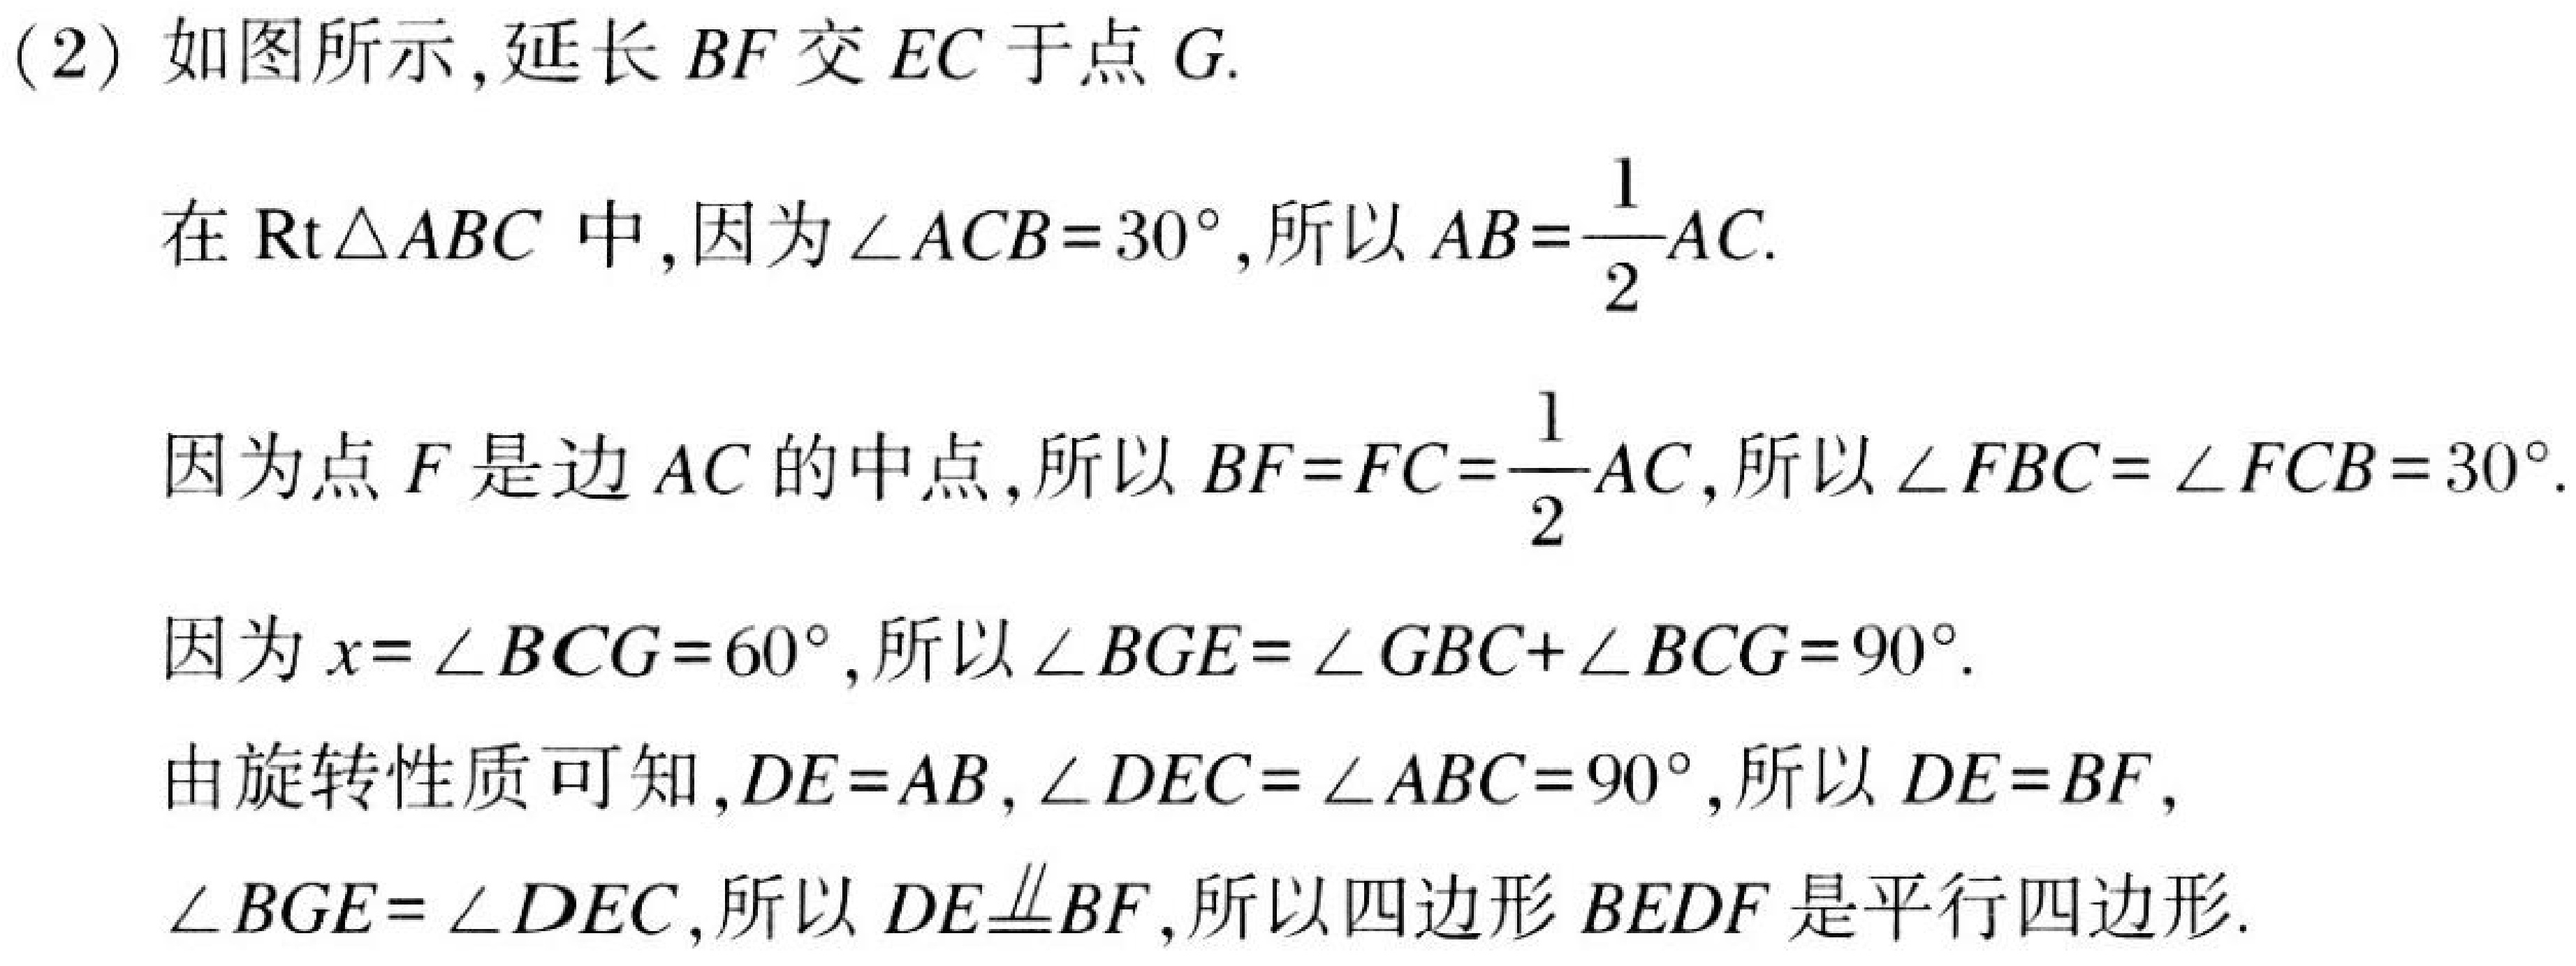
(2) 如图所示,延长 \(BF\) 交 \(EC\) 于点 \(G\).
在 \(\text{Rt}\triangle ABC\) 中,因为 \(\angle ACB = 30^{\circ}\),所以 \(AB=\frac{1}{2}AC\).
因为点 \(F\) 是边 \(AC\) 的中点,所以 \(BF = FC=\frac{1}{2}AC\),所以 \(\angle FBC=\angle FCB = 30^{\circ}\).
因为 \(x = \angle BCG = 60^{\circ}\),所以 \(\angle BGE=\angle GBC+\angle BCG = 90^{\circ}\).
由旋转性质可知,\(DE = AB\),\(\angle DEC=\angle ABC = 90^{\circ}\),所以 \(DE = BF\),
\(\angle BGE=\angle DEC\),所以 \(DE\parallel BF\),所以四边形 \(BEDF\) 是平行四边形.